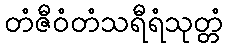
တံဇီဝံတံသရီရံသုတ္တံ